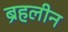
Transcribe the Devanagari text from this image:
ब्रहलीन